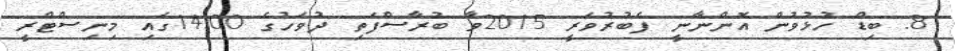
8. ބިޑް ހުޅުވުން އޮންނާނީ ފެބުރުވަރީ 2015ވާ ބުރާސްފަތި ދުވަހުގެ 14:00ގައި މިނިސްޓްރީ